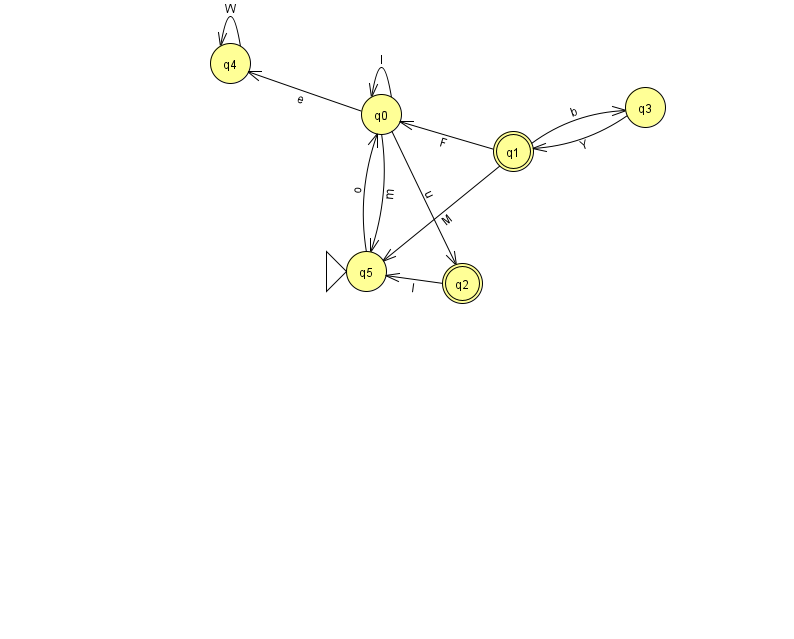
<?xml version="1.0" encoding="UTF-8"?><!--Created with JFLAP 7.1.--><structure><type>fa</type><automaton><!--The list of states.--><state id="0" name="q0"><x>381.0</x><y>101.0</y></state><state id="1" name="q1"><x>513.0</x><y>138.0</y><final/></state><state id="2" name="q2"><x>462.0</x><y>270.0</y><final/></state><state id="3" name="q3"><x>645.0</x><y>94.0</y></state><state id="4" name="q4"><x>230.0</x><y>50.0</y></state><state id="5" name="q5"><x>366.0</x><y>258.0</y><initial/></state><!--The list of transitions.--><transition><from>0</from><to>4</to><read>e</read></transition><transition><from>1</from><to>0</to><read>F</read></transition><transition><from>2</from><to>5</to><read>l</read></transition><transition><from>3</from><to>1</to><read>Y</read></transition><transition><from>4</from><to>4</to><read>W</read></transition><transition><from>1</from><to>5</to><read>M</read></transition><transition><from>0</from><to>2</to><read>u</read></transition><transition><from>0</from><to>0</to><read>l</read></transition><transition><from>0</from><to>5</to><read>m</read></transition><transition><from>1</from><to>3</to><read>b</read></transition><transition><from>5</from><to>0</to><read>o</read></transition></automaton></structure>